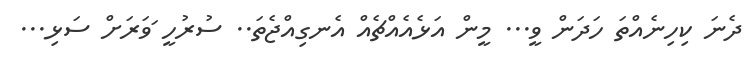
ދެނަ ކިހިނެއްތަ ހަދަން ވީ... މީން އަޅެއެއްޗެއް އެނގިއްޖެތަ.. ސުރުހީ ަވަރަށް ސަޅި...